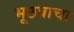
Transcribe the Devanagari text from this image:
भूछत्राचा